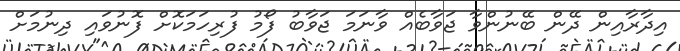
އިދާރާއިން ދޭން ބޭނުންވާ ޖަވާބެއް ވާނަމަ ޖަވާބު ފޯމު ފުރިހަމަކޮށް ފޮނުވައި ދިނުމަށް